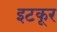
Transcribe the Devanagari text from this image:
इटकूर